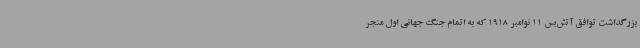
بزرگداشت توافق آتش‌بس 11 نوامبر 1918 که به اتمام جنگ جهانی اول منجر